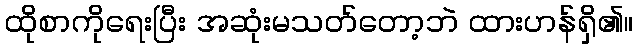
ထိုစာကိုရေးပြီး အဆုံးမသတ်တော့ဘဲ ထားဟန်ရှိ၏။